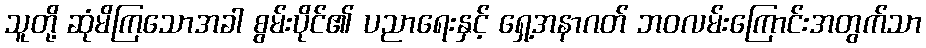
သူတို့ ဆုံမိကြသောအခါ စွမ်းပိုင်၏ ပညာရေးနှင့် ရှေ့အနာဂတ် ဘဝလမ်းကြောင်းအတွက်သာ